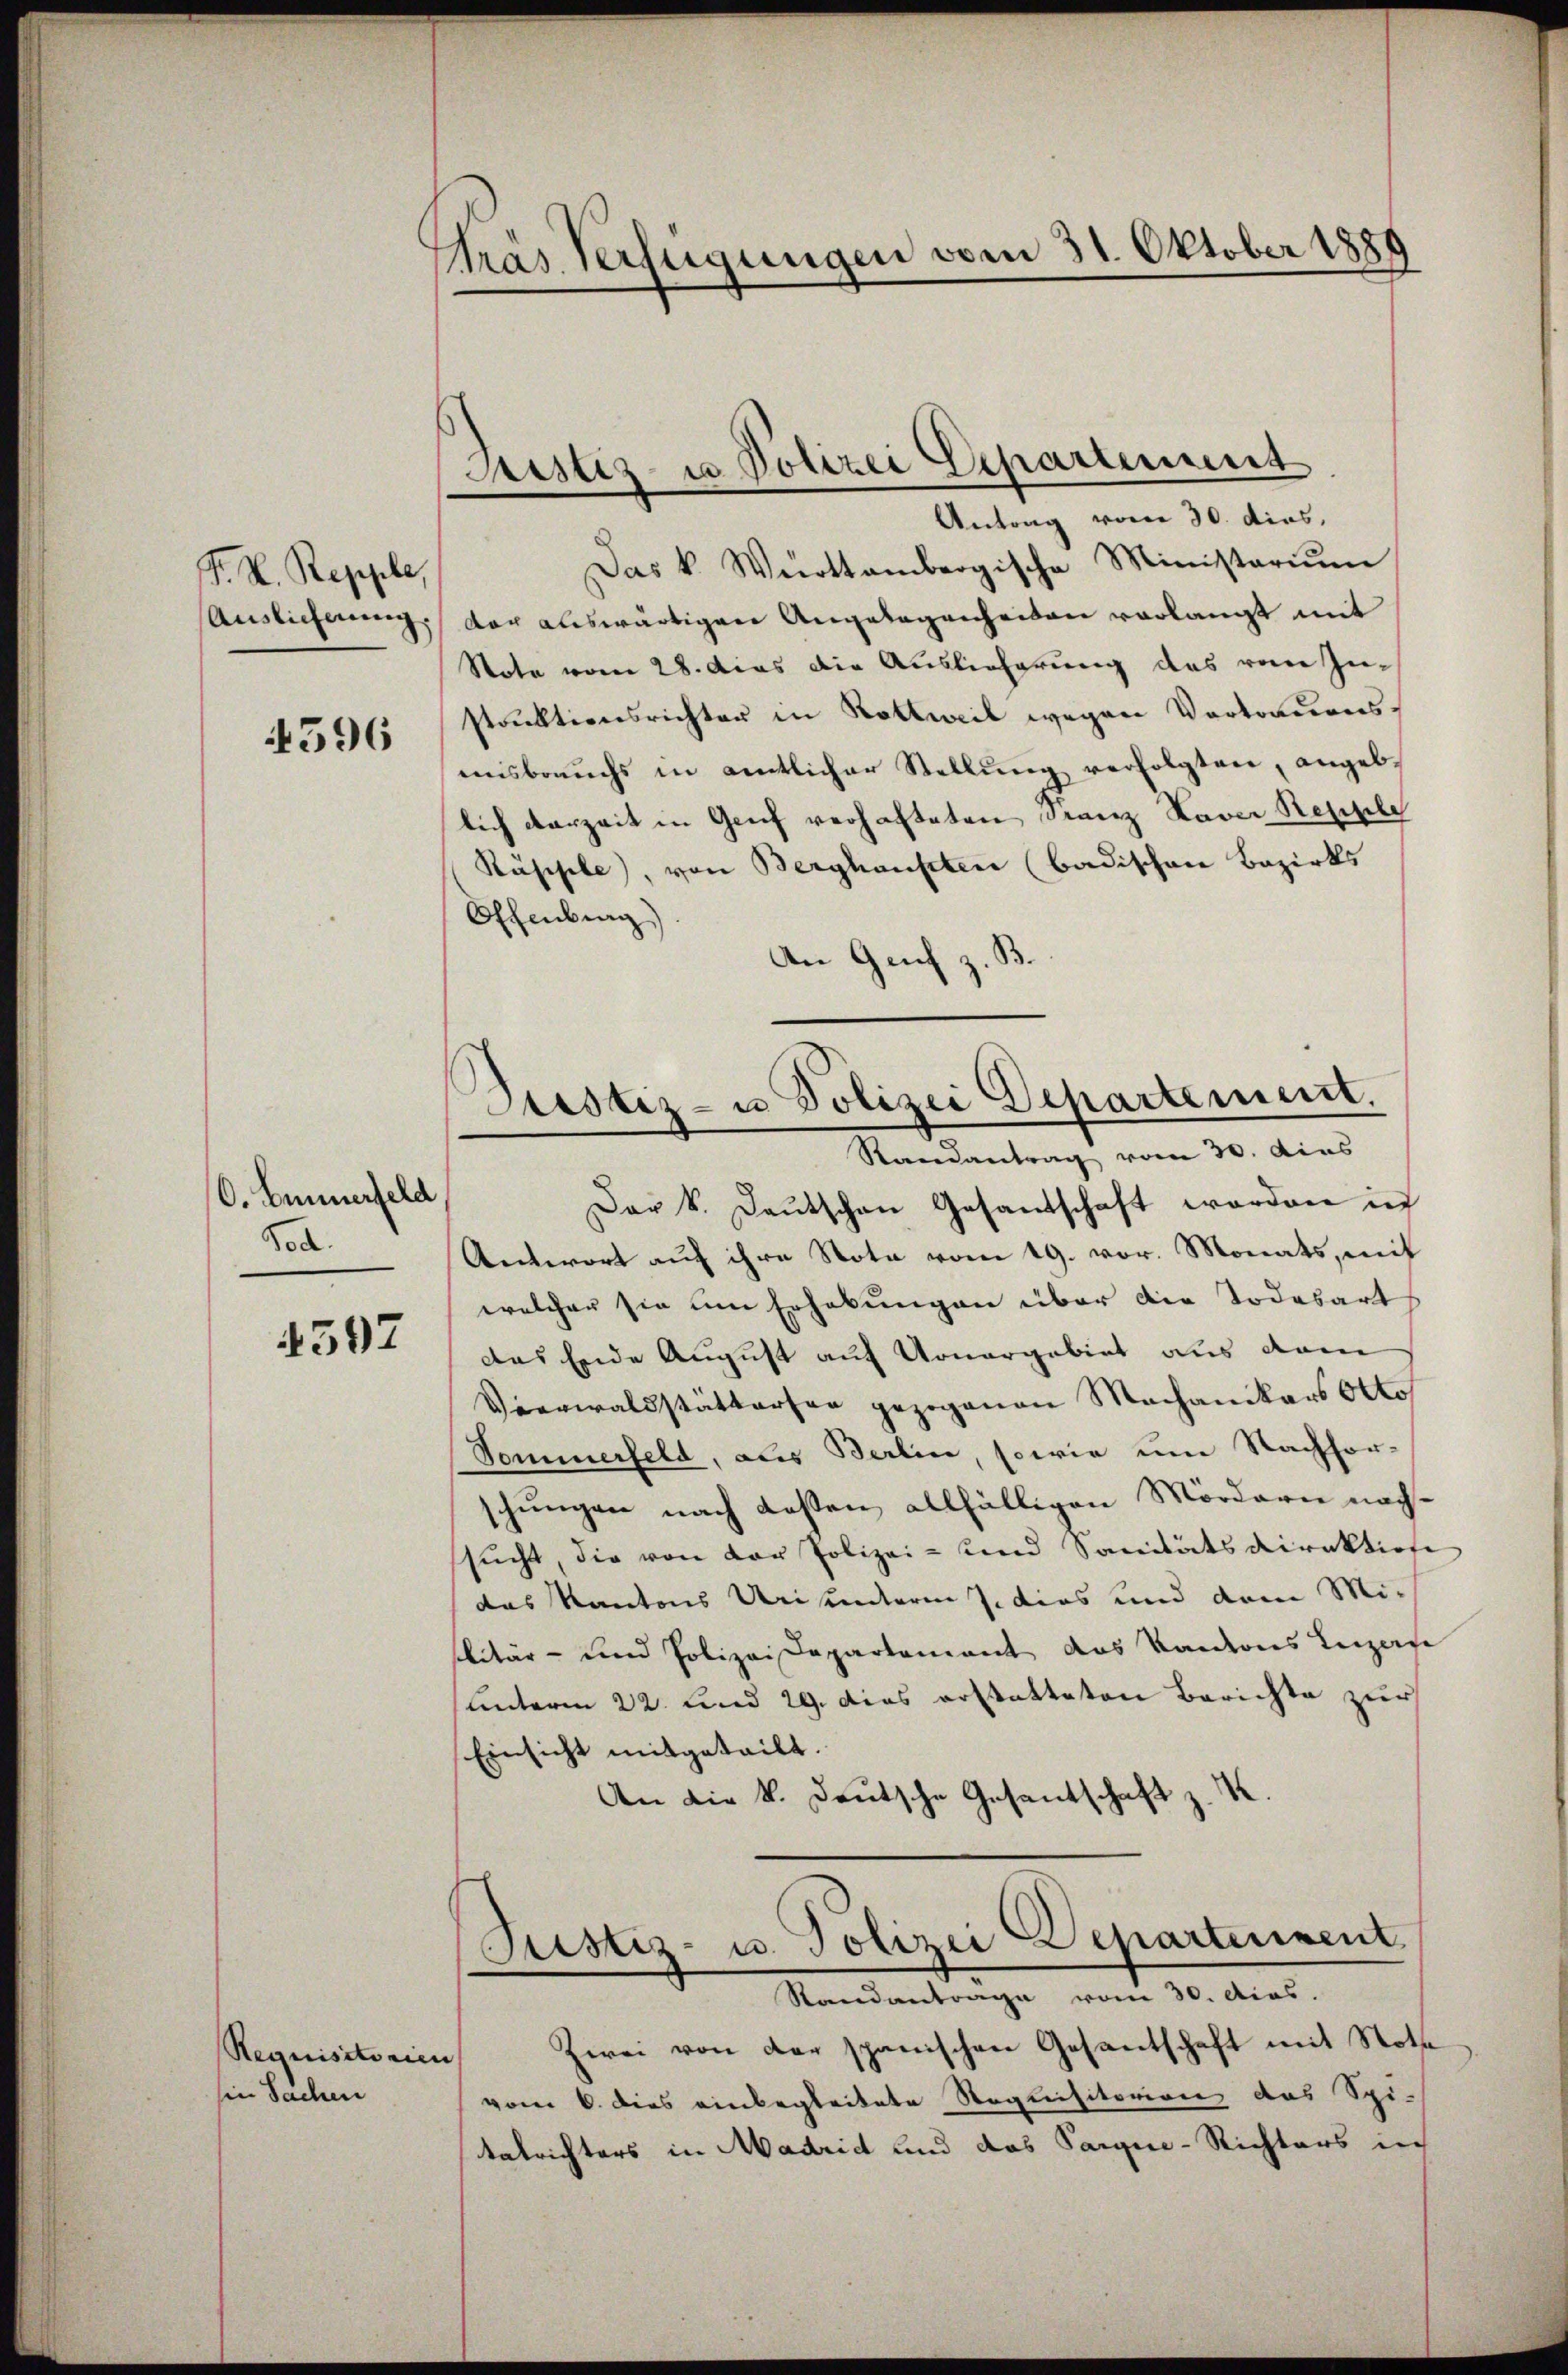
T. K. Repple,
Auslieferung

596

O. Bummerfeld
od.

4597

Requisitorie |
sie Sachen

Stras Verfügungen vom 31. Oktober 1881

Sistiz- u Polizei Departement

Antrag von 30. dies
Das k. Württembergische Ministerium
dar auswärtigen Angelegenheiten verlangt mit
Note vom 28. das die Auslieferung das von In-
staktionsrichter in Rottweil wegen Vortrauenseisbrauchs in amtlicher Stellŭng verfolgten, angeb.
lich derzeit in Genf verhafteten Franz Xaver Repple
Räsiple), von Berghaupten (Badischen Bezirks
Offenburg)
An Genf z. B.
Dar k. Laŭtschen Gesandschaft worden in
Antwort auf ihre Nota vom 19. vor. Monats, mit
welcher sie um Erhebungen über die Todesart
das Ende August auf Monargebiet aus dem
Vierwaldstättersen gezogenen Machanikers Otto
Sommerfeld, als Berlin, sowie um Nachfor-
schungen nach dessen allfälligen Mördern nachsŭcht, die von der Polizei- und Sanitätsdirektion
das Kantons Uri unterm 7. dies und dem Mi-
litär- und Polizeidepartement das kantons Luzafe
unterm 22. und 29. dies erstatteten Berichte zur
Einsicht mitgeteilt.
An die k. Deutsche Gesantschaft z. K.

Justiz- u Polizei Departement.
Randantrag vom 30. dies

Justiz- u. Polizei Departenvent
Standantrage vom 30. Acas.

u Zwei von der spanischen Gesantschaft mit Noth
vom 6. dies einbegleitete Requisitorien das Spi-
talrichters in Madrid und das Parque-Richters in